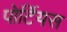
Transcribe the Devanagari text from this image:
पोर्टियस